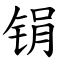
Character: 𫓶